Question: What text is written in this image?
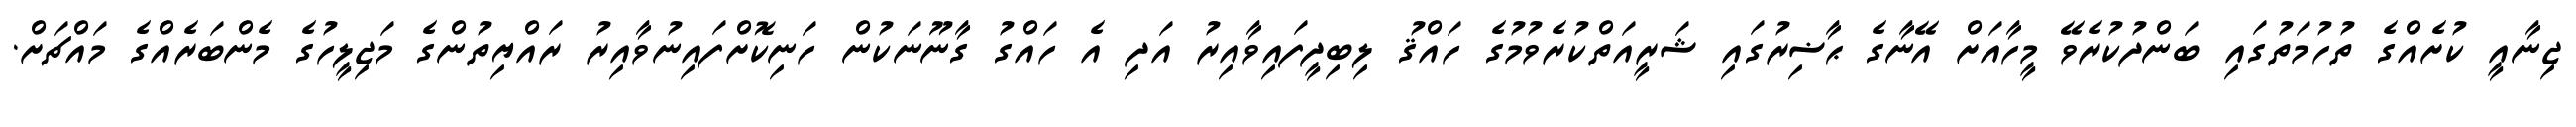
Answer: ޖިނާއީ ކުށެއްގެ ތުހުމަތުގައި ބަންދުކުރެވޭ މީހާއަށް އޭނާގެ ޙާޟިރުގައި ޝަރީއަތްކުރެވުމުގެ ހައްޤު ލިބިދީފައިވާއިރު އަދި އެ ހައްގު ގާނޫނަކުން ހަނިކޮށްފައިނުވާއިރު ރައްޔިތުންގެ މަޖިލީހުގެ މެންބަރެއްގެ މައްޗަށް.